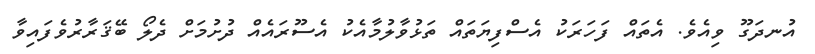
އުނދަގޫ ވިއެވެ. އެތައް ފަހަރަކު އެސްފިޔަތައް ތަޅުވާލުމާއެކު އެސޫރައެއް ދުށުމަށް ދެލޯ ބޭޤަރާރުވެފައިވާ